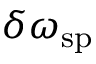
\delta \omega _ { \mathrm { s p } }